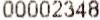
00002348